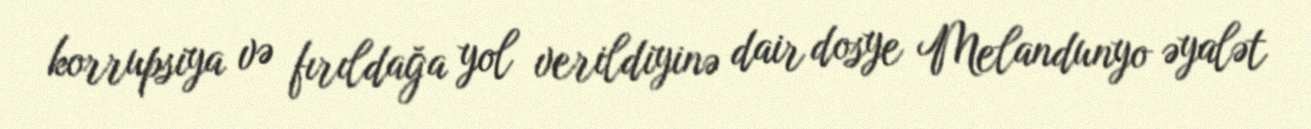
korrupsiya və fırıldağa yol verildiyinə dair dosye Melandunyo əyalət